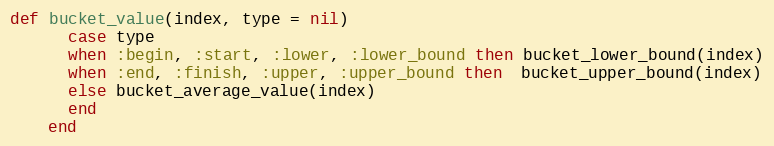
Language: Ruby
def bucket_value(index, type = nil)
      case type
      when :begin, :start, :lower, :lower_bound then bucket_lower_bound(index)
      when :end, :finish, :upper, :upper_bound then  bucket_upper_bound(index)
      else bucket_average_value(index)
      end
    end